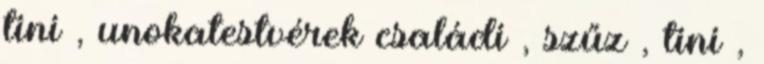
tini , unokatestvérek családi , szűz , tini ,